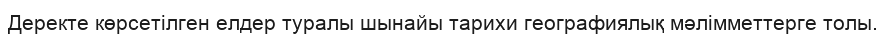
Деректе көрсетілген елдер туралы шынайы тарихи географиялық мәлімметтерге толы.